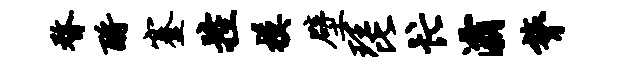
瞀酹蹇控模壁琵忙灞膂